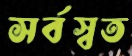
সর্বস্বত